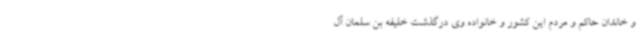
و خاندان حاکم و مردم این کشور و خانواده وی درگذشت خلیفه بن سلمان آل